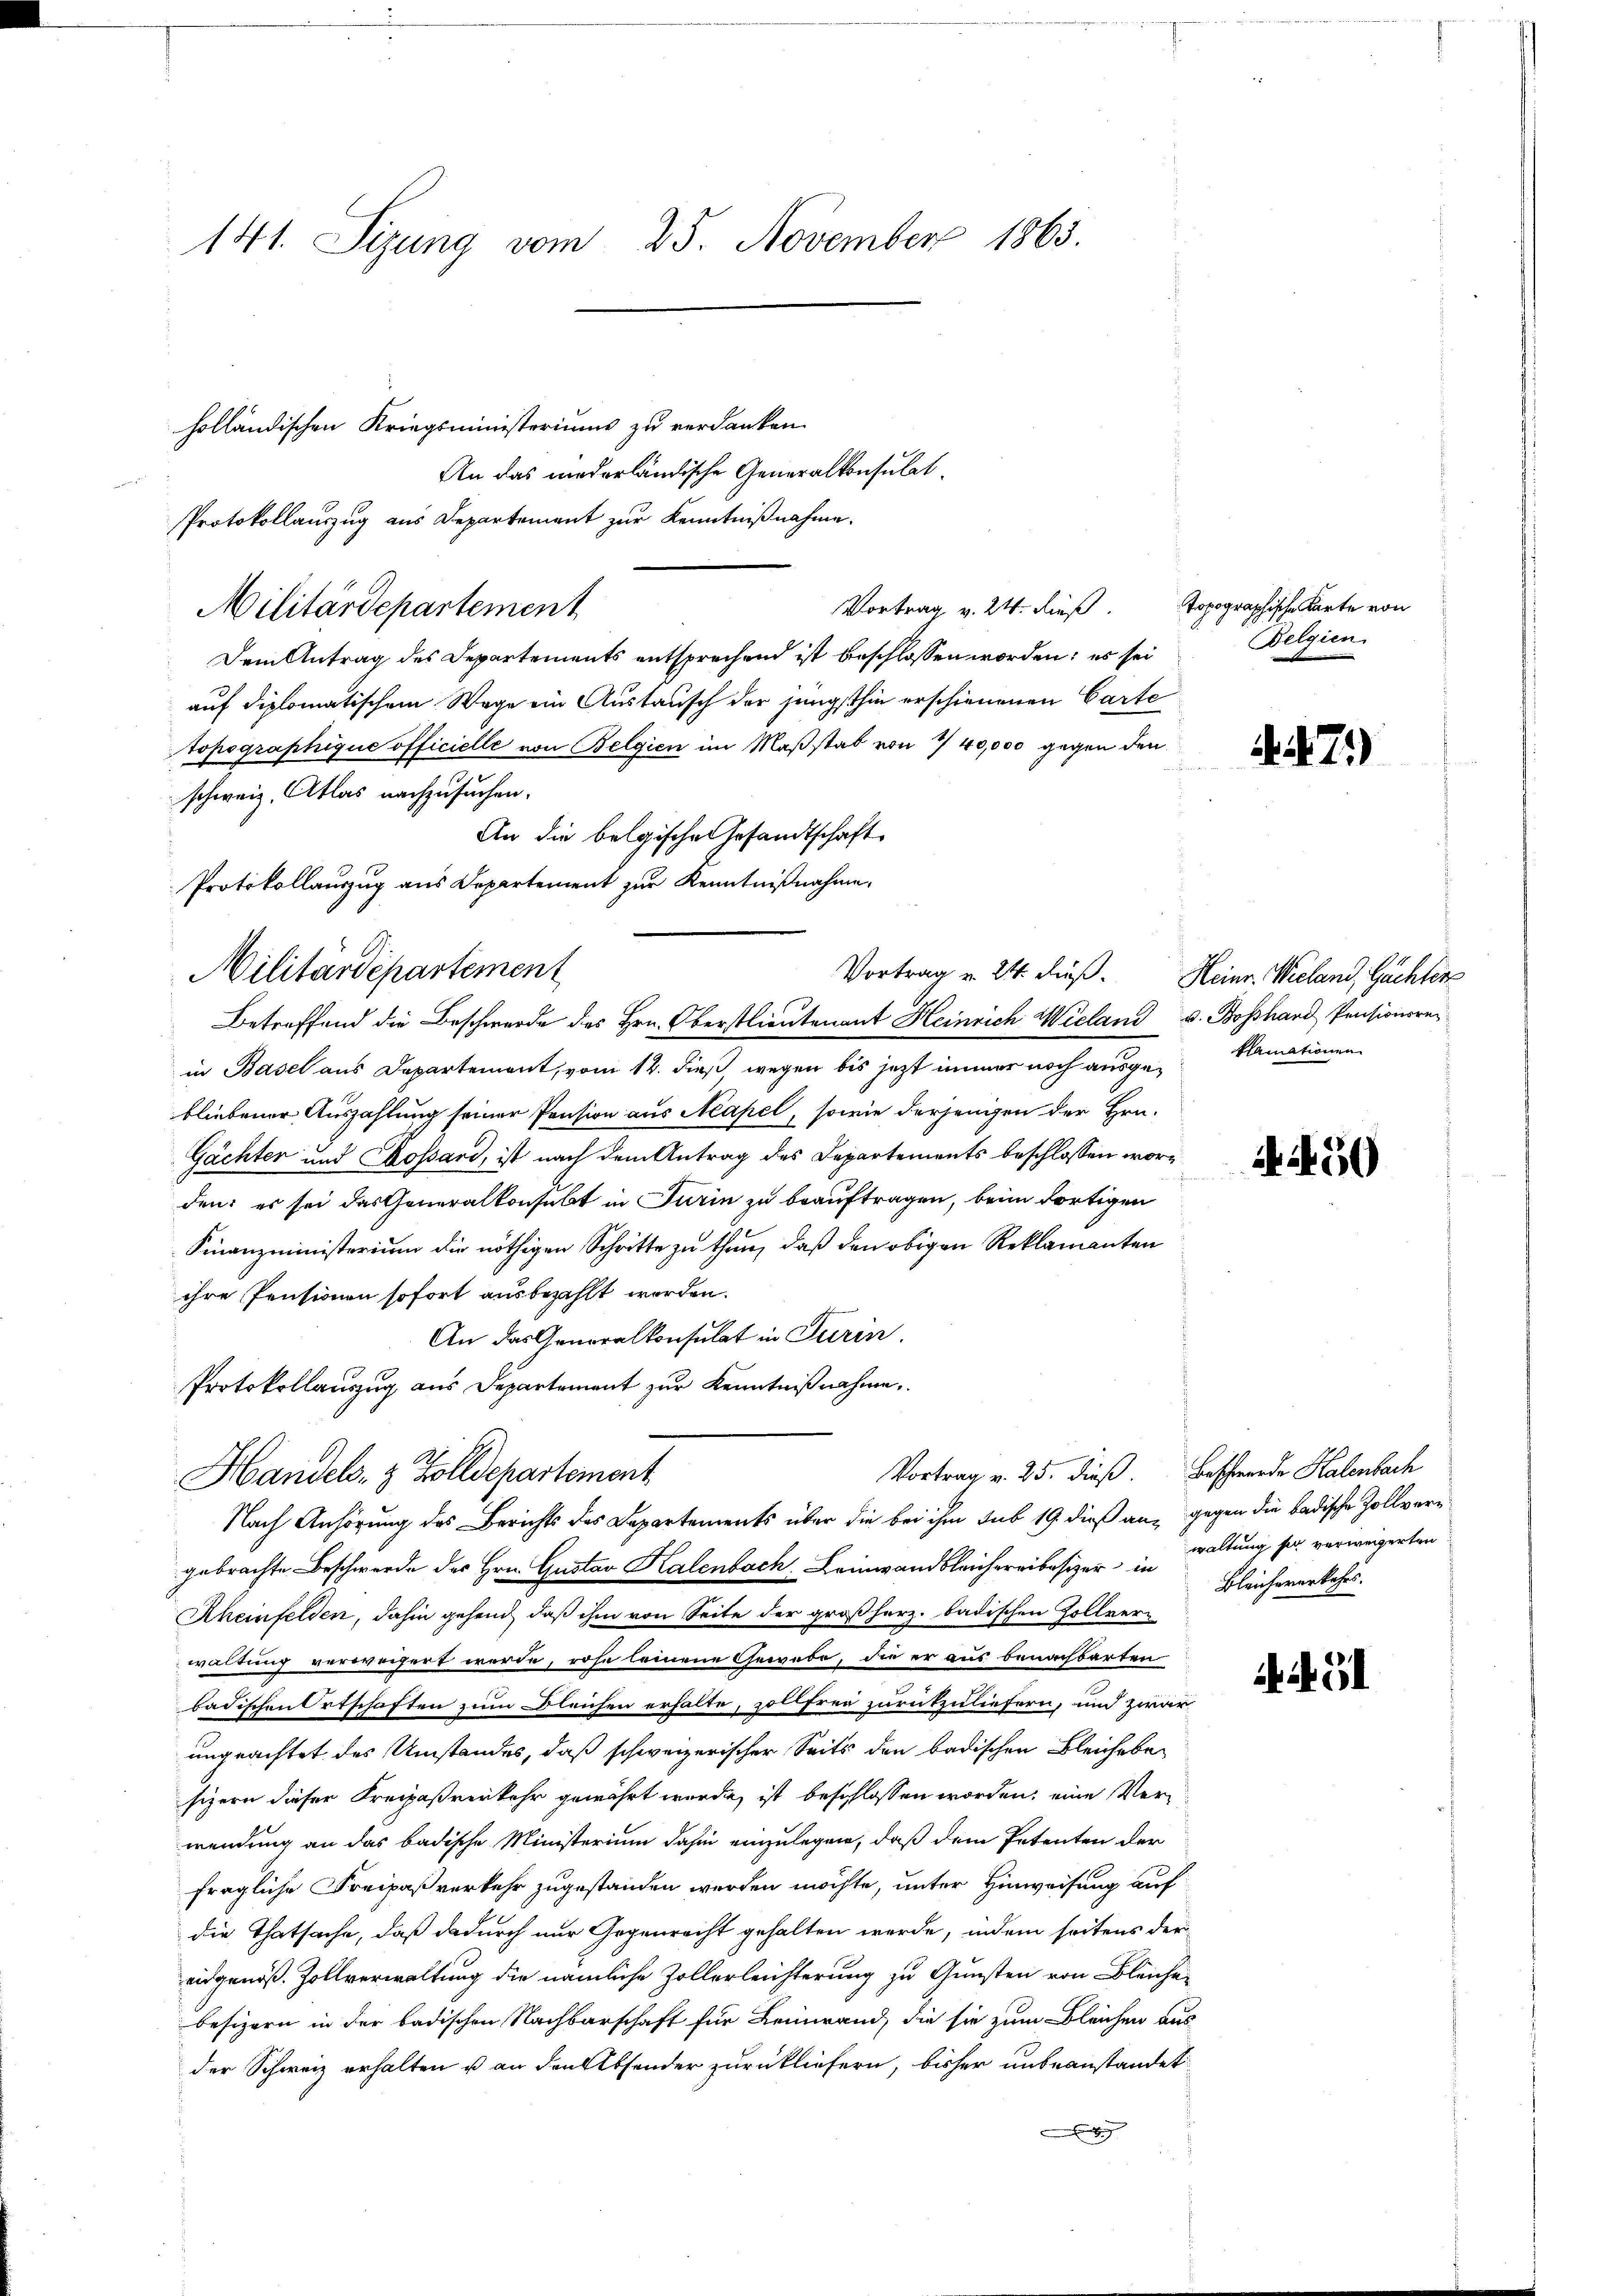
141. Sizung vom 25. November 1865.

holländischen Kriegsministeriums zu verdanken.
An das niederländische Generalkonsulat
Protokollauszug aus Departement zur Kenntnißnahme.
Vortrag v. 24. dieß.
Militärdepartement
Dem Antrag des Departements entsprechend ist beschlossen worden; es sei
auf diplomatischem Wege ein Austausch der jüngsthin erschienenen Carte
topographique officielle von Belgien im Maßstab von 7/40,000 gegen den
in
schweiz. Atlas nachzusuchen.
An die belgische Gesandtschaft
Protokollauszug aus Departement zur Kenntnißnahme,
in Basel aus Departement, vom 14. dieß, wegen bis jetzt immer noch ausgeklamationen
bliebener Auszahlung seiner Pension aus Neapel, sowie derjenigen der Hrn.
Gächter und Kossard, ist nach dem Antrag des Departements beschlossen worden; es sei das Generalkonsubt in Turin zu beauftragen, beim dortigen
Finanzministerium die nöthigen Schritte zu thun, daß den obigen Reklamanten
ihre Pensionen sofort ausbezahlt worden.
An das Generalkonsulat in Turin.
Protokollauszug aus Departement zur Kenntnißnahme
Vortrag v. 25. dieß. Beschwerde Kalenbach
Handels- & Zolldepartement
Nach Anhörung des Berichts des Departements über die bei ihm sub 19. dieß an, gegen die badische Zollvergebrachte Beschwerde des Hrn. Gustav Kalenbach Leinwandbleichereibesizer in waltung sei verweigerten
Rheinfelden, dahin gehend, daß ihm von Seite der großherz. badischen Zollverwaltung verweigert werde, rose leinene Gewebe, die er aus benachbarten
badischen Ortschaften zum Bleichen erhalte, zollfrei zurückzuliefern, und zwar
ungeachtet des Umstandes, daß schweizerischer Seits den badischen Bleiche besizern dieser Kreipaßverkehr gewährt wurde, ist beschlossen worden, eine Verwendung an das badische Ministerium dahin einzulegen, daß dem Petenten der
fragliche Freipaßverkehr zugestanden werden möchte, unter Hinweisung auf
die Thatsache, daß dadurch nur Gegenrecht gehalten werde, indem seitens der
eidgenöß. Zollverwaltung die nämliche Zollerleichterung zu Gunsten von Bleiche
besizern in der badischen Nachbarschaft für Leinwand, die sie zum Bleichen aus
der Schweiz erhalten u an den Absonder zurückliefern, bisher unbeanstandet
x

Militärdepartement

Vortrag v. 24. dieß. Heinr. Wieland, Gächters
Betreffend die Beschwerde des Hrn. Oberstlieutenant Heinrich Wieland v. Boßhard Pensionsrec

topographische Karte von
Belgien

.71)

A59

Bleichererkehrs.

ii Gl